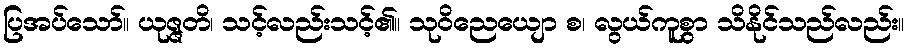
ပြအပ်သော်။ ယုဇ္ဇတိ၊ သင့်လည်းသင့်၏။ သုဝိညေယျော စ၊ လွယ်ကူစွာ သိနိုင်သည်လည်း။